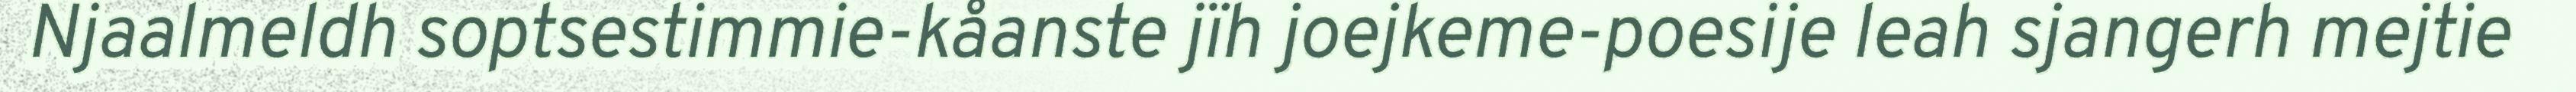
Njaalmeldh soptsestimmie-kåanste jïh joejkeme-poesije leah sjangerh mejtie